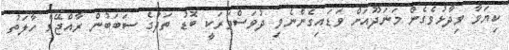
ކިޔަވާ ވިދާޅުވެގެން މަނަދޫއަށް ވަޑައިގެންނެވި ދުވަސްވަރަކީ ބޮޑު ތަދުގެ ސަބަބުން ރާއްޖޭގެ ހާލަތު